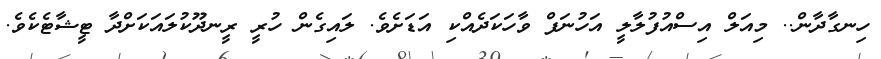
ހިނގާދާން.. މިއަލް އިސްއުފުލާލީ އަހުނަފް ވާހަކަދެއްކި އަޑަށެވެ. ލައިގެން ހުރީ ރީނދޫކުލައަކަށްދާ ޓީޝާޓެކެވެ.